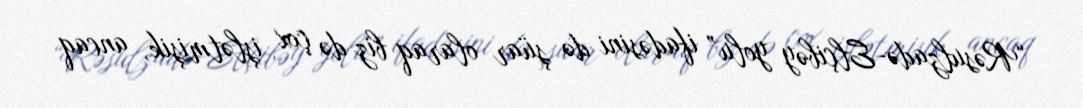
“Rəsulzadə-Elçibəy yolu” ifadəsini də şüar olaraq biz də çox işlətmişik, ancaq